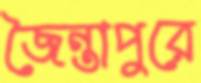
জৈন্তাপুরে